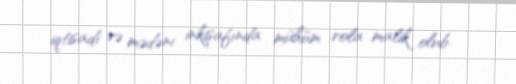
iqtisadi və mədəni inkişafında mühüm rola malik olub.